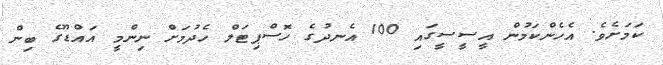
ކަމަށެވެ. އެހެންކަމުން އީސީސީގައި 100 އެނދުގެ ހޮސްޕިޓަލް ހެދުމަށް ނިންމީ އައްޑޫގެ ބިން